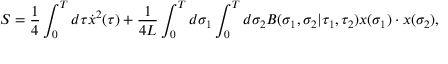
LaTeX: S = { \frac { 1 } { 4 } } \int _ { 0 } ^ { T } d \tau \dot { x } ^ { 2 } ( \tau ) + { \frac { 1 } { 4 L } } \int _ { 0 } ^ { T } d \sigma _ { 1 } \int _ { 0 } ^ { T } d \sigma _ { 2 } B ( \sigma _ { 1 } , \sigma _ { 2 } | \tau _ { 1 } , \tau _ { 2 } ) x ( \sigma _ { 1 } ) \cdot x ( \sigma _ { 2 } ) ,